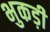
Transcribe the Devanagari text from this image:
भुकड़ी